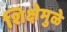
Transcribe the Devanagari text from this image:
शिक्षेमुळे